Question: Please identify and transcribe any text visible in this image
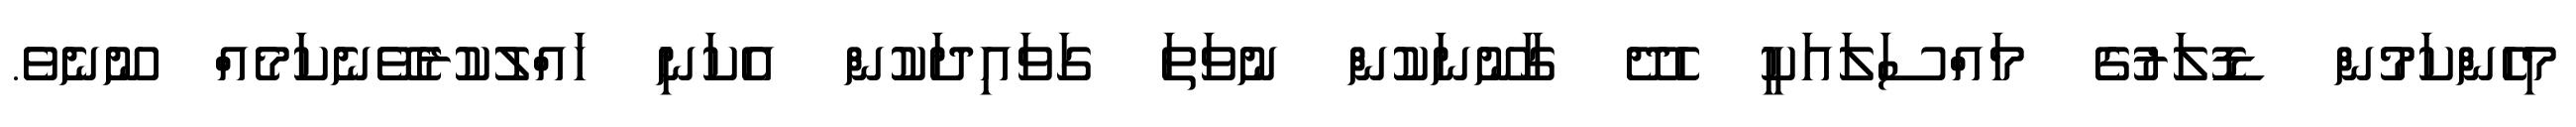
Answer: މިހެންކަމުން ޑޮލަރުގެ މައްސަލައަކީ ހެދޭ ގާނޫނަކުން ނުވަތަ ގަވައިދަކުން އެކަނި ހައްލުކުރެވޭނެކަމެއް ނޫނެވެ.